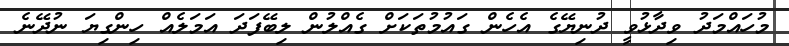
މުހައްމަދު ވިދާޅުވީ ދުނިޔޭގެ އެހެން ގައުމުތަކަށް ގެއްލުން ލިބޭފަދަ އަމަލެއް ހިންގިޔަ ނުދޭނެ